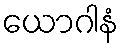
ယောဂါနံ